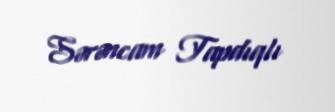
Sərəncam Tapdıqlı